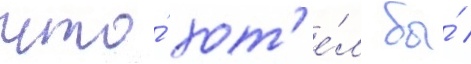
что́ хот'е́л бы́ /